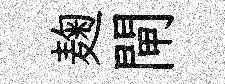
麹閘